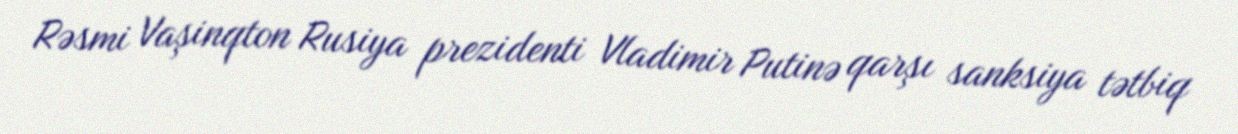
Rəsmi Vaşinqton Rusiya prezidenti Vladimir Putinə qarşı sanksiya tətbiq